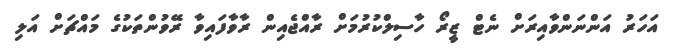
އަހަރު އަންނަންވާއިރަށް ނެޓް ޒީރޯ ހާސިލްކުރުމަށް ރާއްޖެއިން ރާވާފައިވާ ރޭވުންތަކުގެ މައްޗަށް އަލި